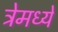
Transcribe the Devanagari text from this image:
ट्रेमध्ये